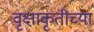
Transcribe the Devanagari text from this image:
वृक्षाकृतीच्या